Civil Veterinary Department. Madras. Admin. report 1926-33 - 1926-1933
Year: 1926
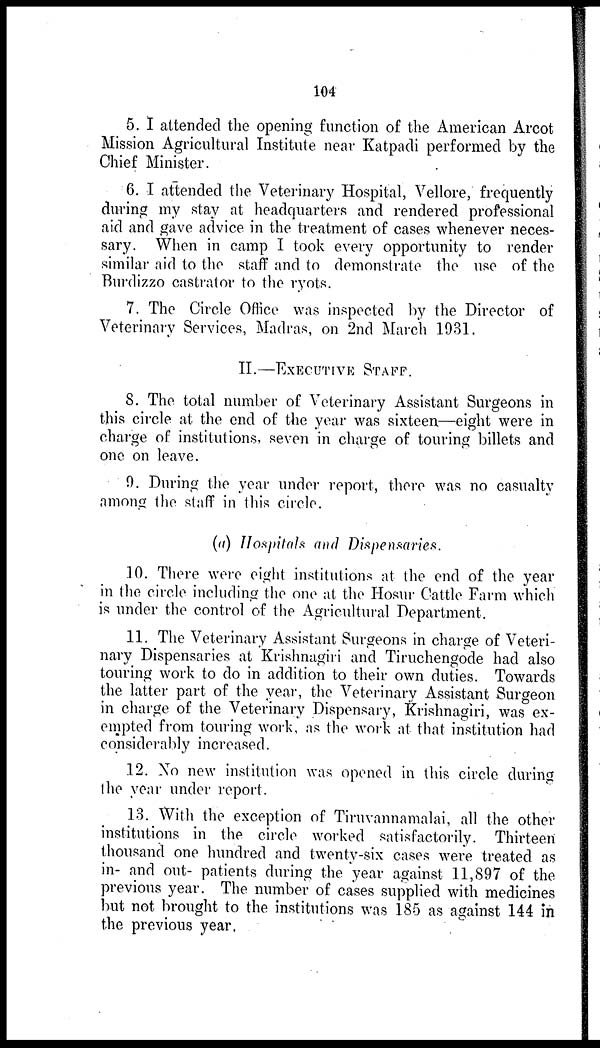
104
5. I attended the opening function of the American Arcot
Mission Agricultural Institute near Katpadi performed by the
Chief Minister.
6. I attended the Veterinary Hospital, Vellore, frequently
during my stay at headquarters and rendered professional
aid and gave advice in the treatment of cases whenever neces-
sary. When in camp I took every opportunity to render
similar aid to the staff and to demonstrate the use of the
Burdizzo castrator to the ryots.
7. The Circle Office was inspected by the Director of
Veterinary Services, Madras, on 2nd March 1931.
II.—EXECUTIVE STAFF.
8. The total number of Veterinary Assistant Surgeons in
this circle at the end of the year was sixteen—eight were in
charge of institutions, seven in charge of touring billets and
one on leave.
9. During the year under report, there was no casualty
among the staff in this circle.
(a) Hospitals and Dispensaries.
10. There were eight institutions at the end of the year
in the circle including the one at the Hosur Cattle Farm which
is under the control of the Agricultural Department.
11. The Veterinary Assistant Surgeons in charge of Veteri-
nary Dispensaries at Krishnagiri and Tiruchengode had also
touring work to do in addition to their own duties. Towards
the latter part of the year, the Veterinary Assistant Surgeon
in charge of the Veterinary Dispensary, Krishnagiri, was ex-
empted from touring work, as the work at that institution had
considerably increased.
12. No new institution was opened in this circle during
the year under report.
13. With the exception of Tiruvannamalai, all the other
institutions in the circle worked satisfactorily. Thirteen
thousand one hundred and twenty-six cases were treated as
in- and out- patients during the year against 11,897 of the
previous year. The number of cases supplied with medicines
but not brought to the institutions was 185 as against 144 in
the previous year.